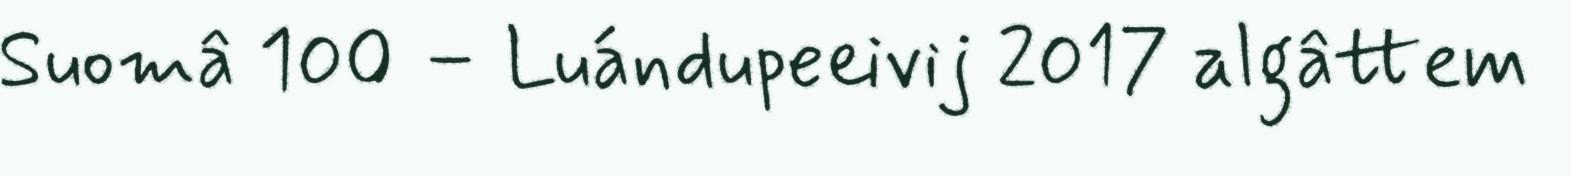
Suomâ 100 – Luándupeeivij 2017 algâttem